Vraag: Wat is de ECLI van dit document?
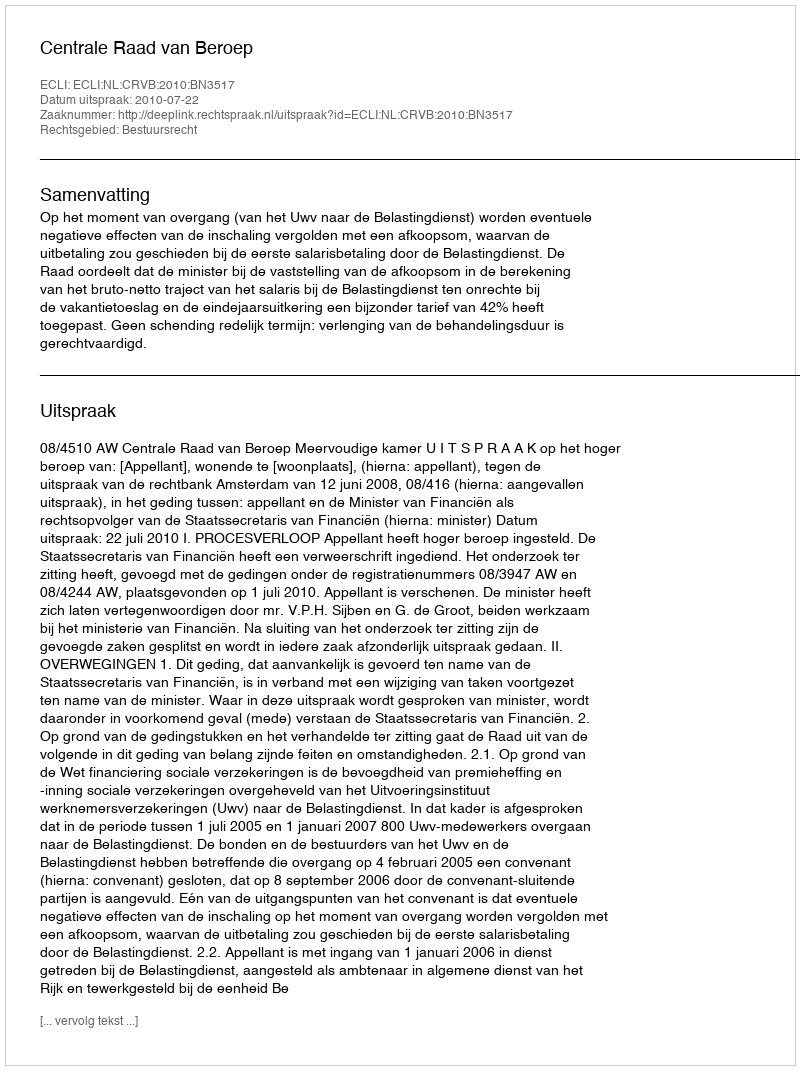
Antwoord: ECLI:NL:CRVB:2010:BN3517